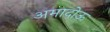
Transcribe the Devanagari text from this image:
अमादोऊ